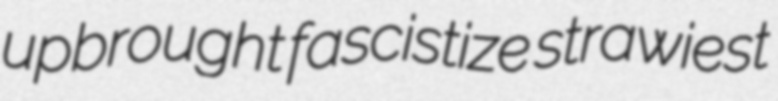
upbrought fascistize strawiest